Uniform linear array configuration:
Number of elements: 64
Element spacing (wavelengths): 0.25
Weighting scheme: hann
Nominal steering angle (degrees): -30
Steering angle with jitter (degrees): -31.637
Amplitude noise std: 0.05
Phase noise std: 0.05

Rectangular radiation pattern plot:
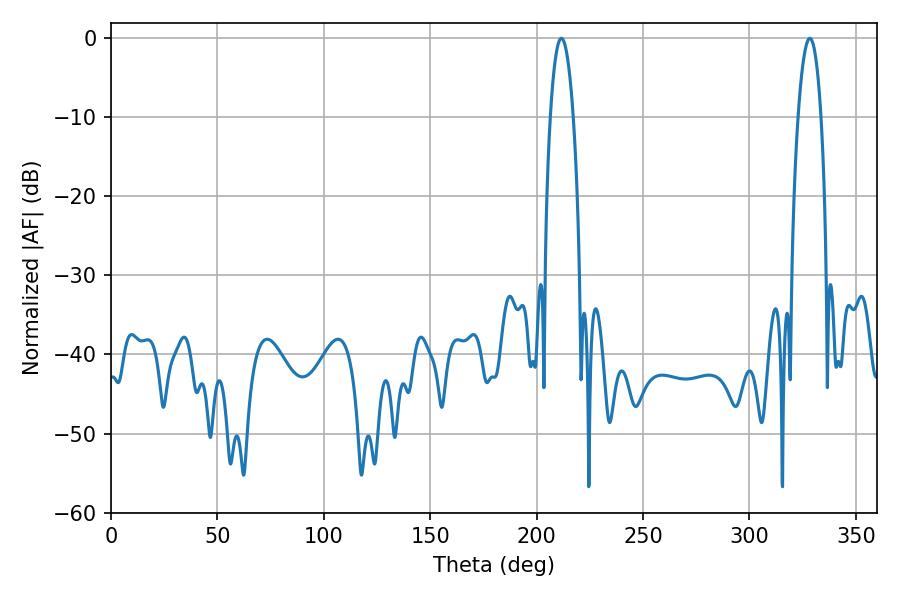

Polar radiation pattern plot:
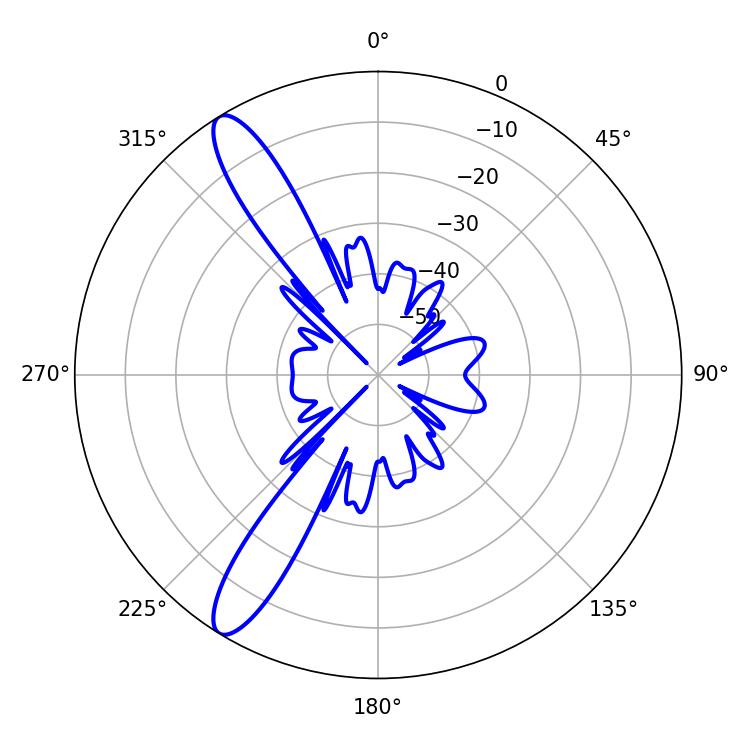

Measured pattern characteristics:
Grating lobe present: FALSE
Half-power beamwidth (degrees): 6.12
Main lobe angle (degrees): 328.32